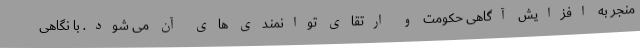
منجر به افزایش آگاهی حکومت و ارتقای توانمندی های آن می شود. با نگاهی